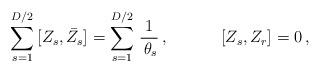
\begin{align*}\begin{array}{ll}\displaystyle{\sum_{s=1}^{D/2}\,[Z_{s},\bar{Z}_{s}]=\sum_{s=1}^{D/2}\,\frac{1}{\,\theta_{s}}}\,,~~~&~~~~[Z_{s},Z_{r}]=0\,,\end{array}\end{align*}